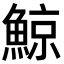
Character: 鯨